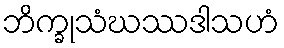
ဘိက္ခုသံဃဿဒါသဟံ